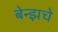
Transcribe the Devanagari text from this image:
बेन्झचे